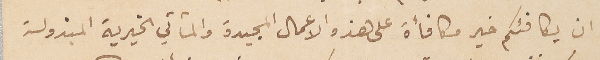
ان يكافئكم خير مكافأة على هذه الاعمال المجيدة والمآتي الخيرية المبذولة